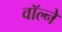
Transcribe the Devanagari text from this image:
वॉल्ने